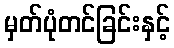
မှတ်ပုံတင်ခြင်းနှင့်